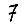
Digit: 7